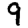
Digit: 9